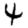
Digit: 4